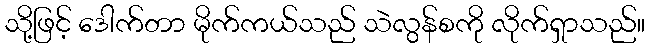
သို့ဖြင့် ဒေါက်တာ မိုက်ကယ်သည် သဲလွန်စကို လိုက်ရှာသည်။